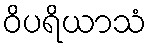
ဝိပရိယာသံ